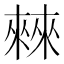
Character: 㯤